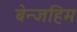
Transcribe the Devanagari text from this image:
बेन्जहिम